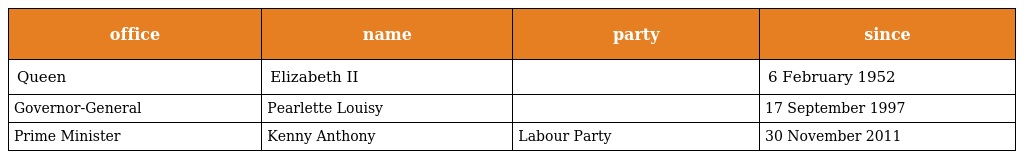
| office | name | party | since |
 | --- | --- | --- | --- |
 | Queen | Elizabeth II |  | 6 February 1952 |
 | Governor-General | Pearlette Louisy |  | 17 September 1997 |
 | Prime Minister | Kenny Anthony | Labour Party | 30 November 2011 |